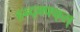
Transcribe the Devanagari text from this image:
हन्द्क्फ्फ्स्